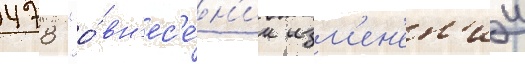
478 "о́ вн'ес'е́н'ии изм'ен'ен'ии